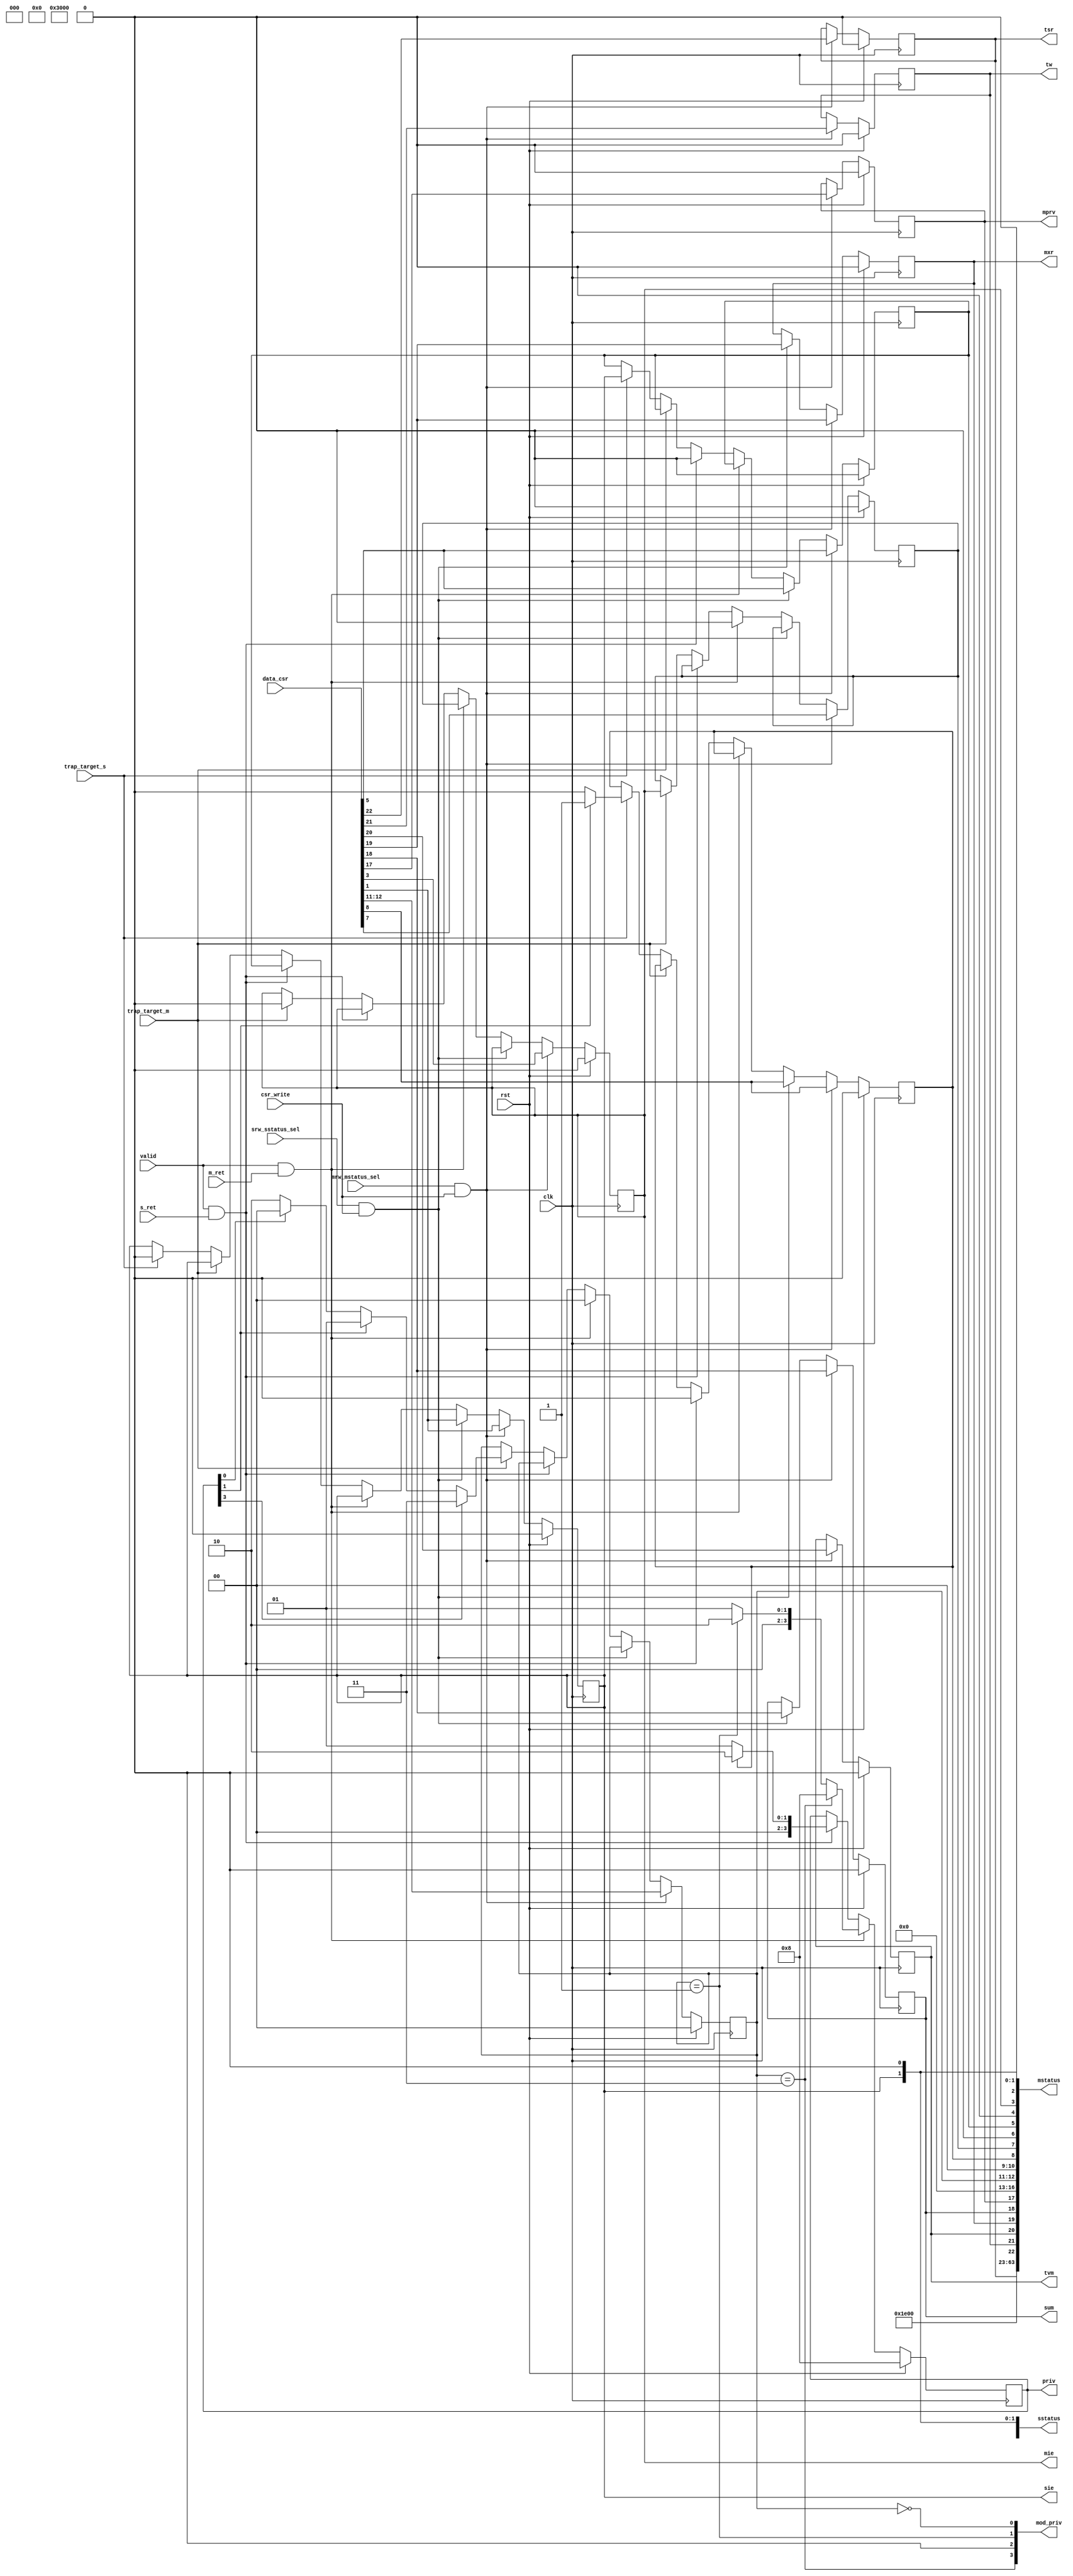
/*
MSstatusSSTATUSMSTATUS
*/
module m_s_status(

input wire clk,
input wire rst,
//
output reg sie,
output reg mie,
output reg mprv,
output reg sum,
output reg mxr,
output reg tvm,
output reg tw,
output reg tsr,

//
output reg [3:0]priv,
output wire [3:0]mod_priv,

input wire csr_write,
input wire [63:0]data_csr,
input wire mrw_mstatus_sel,
input wire srw_sstatus_sel,

//Trap
input wire trap_target_m,		//mtrap1mtraps
input wire trap_target_s,		//strap1strapM
//wb
//
//WBcsr

input wire valid, 			//

input wire m_ret,			//
input wire s_ret,			//

output wire [63:0]sstatus,
output wire [63:0]mstatus


);
parameter m	=	4'b1000;
parameter s = 	4'b0010;
parameter u = 	4'b0001;

reg spie;
reg mpie;
reg spp;
reg [1:0]mpp;
//status
always@(posedge clk)begin
	if(rst)begin
		sie		<=	1'b0;
		mie		<=	1'b0;
		mprv	<=	1'b0;
		sum		<=	1'b0;
		mxr		<=	1'b0;
		tvm		<=	1'b0;
		tw		<=	1'b0;
		tsr		<=	1'b0;
		spie	<=	1'b0;
		mpie	<=	1'b0;
		spp		<=	1'b0;
		mpp		<=	2'b0;
	end
	else if(mrw_mstatus_sel & csr_write)begin
		sie		<=	data_csr[1];
		mie		<=	data_csr[3];
		mprv	<=	data_csr[17];
		sum		<=	data_csr[18];
		mxr		<=	data_csr[19];
		tvm		<=	data_csr[20];
		tw		<=	data_csr[21];
		tsr		<=	data_csr[22];
		spie	<=	data_csr[5];
		mpie	<=	data_csr[7];
		spp		<=	data_csr[8];
		mpp		<=	data_csr[12:11];
	end
	//sstatusmstatussstatusmstatus
	else if(srw_sstatus_sel & csr_write)begin
		sie		<=	data_csr[1];
		spie	<=	data_csr[5];
		spp		<=	data_csr[8];
		sum		<=	data_csr[18];
		mxr		<=	data_csr[19];
	end
	else if(valid & m_ret)begin
		mie		<=	mpie;
		mpie	<=	1'b0;
		mpp		<=	2'b0;
	end
	else if(valid & s_ret)begin
		sie		<=	spie;
		spie	<=	1'b0;
		spp		<=	1'b0;
	end
	else if(trap_target_m)begin
		mpie	<=	mie;
		mie		<=	1'b0;
		mpp		<=	priv[3]?2'b11:priv[1]?2'b01:priv[0]?2'b00:2'b10;
	end
	else if(trap_target_s)begin
		spie	<=	sie;
		sie		<=	1'b0;
		spp		<=	priv[1]?1'b1:1'b0;
	end
end

//
always@(posedge clk)begin
	if(rst)begin
		priv	<=	m;
	end
	else if(valid & m_ret)begin
		priv	<=	(mpp==2'b11)? m : (mpp==2'b01)? s : u;
	end
	else if(valid & s_ret)begin
		priv 	<=	(spp==1'b1)? s : u;
	end
end

assign mstatus	= {28'b0,4'b1111,9'b0,tsr,tw,tvm,mxr,sum,mprv,4'b0,mpp,2'b00,spp,mpie,1'b0,spie,1'b0,mie,1'b0,sie,1'b0};
assign sstatus 	= {30'b0,2'b11,12'b0,mxr,sum,1'b0,4'b0,2'b0,2'b0,spp,2'b0,spie,3'b0,sie,1'b0};

assign mod_priv[3]	=	(mpp==2'b11);
assign mod_priv[2]  =   1'b0; 
assign mod_priv[1]	=	(mpp==2'b01);
assign mod_priv[0]	=	(mpp==2'b00);








endmodule